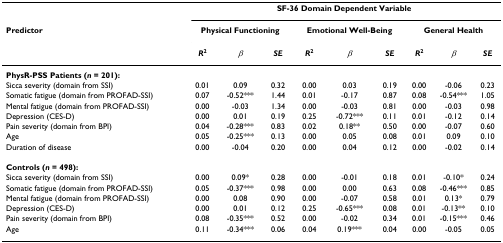
<table><thead><tr><td></td><td colspan="9"><b>SF-36 Domain Dependent Variable</b></td></tr><tr><td><b>Predictor</b></td><td colspan="3"><b>Physical Functioning</b></td><td colspan="3"><b>Emotional Well-Being</b></td><td colspan="3"><b>General Health</b></td></tr><tr><td></td><td><b><i>R</i><sup>2</sup></b></td><td><b><i>β</i></b></td><td><b><i>SE</i></b></td><td><b><i>R</i><sup>2</sup></b></td><td><b><i>β</i></b></td><td><b><i>SE</i></b></td><td><b><i>R</i><sup>2</sup></b></td><td><b><i>β</i></b></td><td><b><i>SE</i></b></td></tr></thead><tbody><tr><td><b>PhysR-PSS Patients (<i>n </i>= 201):</b></td><td></td><td></td><td></td><td></td><td></td><td></td><td></td><td></td><td></td></tr><tr><td>Sicca severity (domain from SSI)</td><td>0.01</td><td>0.09</td><td>0.32</td><td>0.00</td><td>0.03</td><td>0.19</td><td>0.00</td><td>-0.06</td><td>0.23</td></tr><tr><td>Somatic fatigue (domain from PROFAD-SSI)</td><td>0.07</td><td>-0.52***</td><td>1.44</td><td>0.01</td><td>-0.17</td><td>0.87</td><td>0.08</td><td>-0.54***</td><td>1.05</td></tr><tr><td>Mental fatigue (domain from PROFAD-SSI)</td><td>0.00</td><td>-0.03</td><td>1.34</td><td>0.00</td><td>-0.03</td><td>0.81</td><td>0.00</td><td>-0.03</td><td>0.98</td></tr><tr><td>Depression (CES-D)</td><td>0.00</td><td>0.01</td><td>0.19</td><td>0.25</td><td>-0.72***</td><td>0.11</td><td>0.01</td><td>-0.12</td><td>0.14</td></tr><tr><td>Pain severity (domain from BPI)</td><td>0.04</td><td>-0.28***</td><td>0.83</td><td>0.02</td><td>0.18**</td><td>0.50</td><td>0.00</td><td>-0.07</td><td>0.60</td></tr><tr><td>Age</td><td>0.05</td><td>-0.25***</td><td>0.13</td><td>0.00</td><td>0.05</td><td>0.08</td><td>0.01</td><td>0.09</td><td>0.10</td></tr><tr><td>Duration of disease</td><td>0.00</td><td>-0.04</td><td>0.20</td><td>0.00</td><td>0.04</td><td>0.12</td><td>0.00</td><td>-0.02</td><td>0.14</td></tr><tr><td><b>Controls (<i>n </i>= 498):</b></td><td></td><td></td><td></td><td></td><td></td><td></td><td></td><td></td><td></td></tr><tr><td>Sicca severity (domain from SSI)</td><td>0.00</td><td>0.09*</td><td>0.28</td><td>0.00</td><td>-0.01</td><td>0.18</td><td>0.01</td><td>-0.10*</td><td>0.24</td></tr><tr><td>Somatic fatigue (domain from PROFAD-SSI)</td><td>0.05</td><td>-0.37***</td><td>0.98</td><td>0.00</td><td>0.00</td><td>0.63</td><td>0.08</td><td>-0.46***</td><td>0.85</td></tr><tr><td>Mental fatigue (domain from PROFAD-SSI)</td><td>0.00</td><td>0.08</td><td>0.90</td><td>0.00</td><td>-0.07</td><td>0.58</td><td>0.01</td><td>0.13*</td><td>0.79</td></tr><tr><td>Depression (CES-D)</td><td>0.00</td><td>0.01</td><td>0.12</td><td>0.25</td><td>-0.65***</td><td>0.08</td><td>0.01</td><td>-0.13**</td><td>0.10</td></tr><tr><td>Pain severity (domain from BPI)</td><td>0.08</td><td>-0.35***</td><td>0.52</td><td>0.00</td><td>-0.02</td><td>0.34</td><td>0.01</td><td>-0.15***</td><td>0.46</td></tr><tr><td>Age</td><td>0.11</td><td>-0.34***</td><td>0.06</td><td>0.04</td><td>0.19***</td><td>0.04</td><td>0.00</td><td>-0.05</td><td>0.05</td></tr></tbody></table>